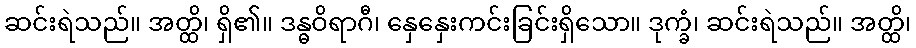
ဆင်းရဲသည်။ အတ္ထိ၊ ရှိ၏။ ဒန္ဓဝိရာဂီ၊ နှေနှေးကင်းခြင်းရှိသော။ ဒုက္ခံ၊ ဆင်းရဲသည်။ အတ္ထိ၊